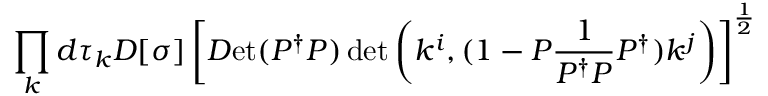
\displaystyle \prod _ { k } d \tau _ { k } { \cal D } [ \sigma ] \left[ { \cal D } \mathrm { e t } ( P ^ { \dag } P ) \operatorname * { d e t } \left( k ^ { i } , ( 1 - P \frac { 1 } { P ^ { \dag } P } P ^ { \dag } ) k ^ { j } \right) \right] ^ { \frac { 1 } { 2 } }